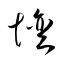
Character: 壇